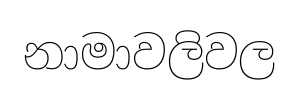
නාමාවලිවල